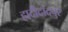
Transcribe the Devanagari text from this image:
हादीदादपुर